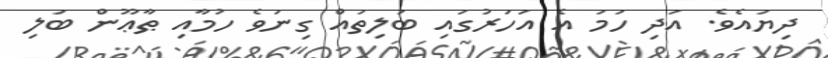
ދިޔައެވެ. އަދި ހަމަ އެ އަހަރުގައި ބަލިތައް ގިނަވެ ހުމާއި ޠާޢޫން ބަލި